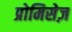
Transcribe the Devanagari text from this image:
प्रोमिसेज़